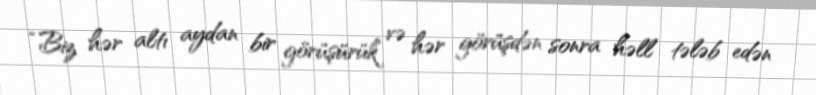
“Biz hər altı aydan bir görüşürük və hər görüşdən sonra həll tələb edən